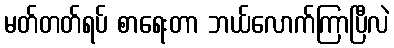
မတ်တတ်ရပ် စာရေးတာ ဘယ်လောက်ကြာပြီလဲ